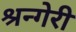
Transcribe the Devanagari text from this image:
श्रन्गेरी